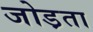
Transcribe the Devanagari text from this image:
जोड़ता